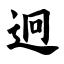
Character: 迥